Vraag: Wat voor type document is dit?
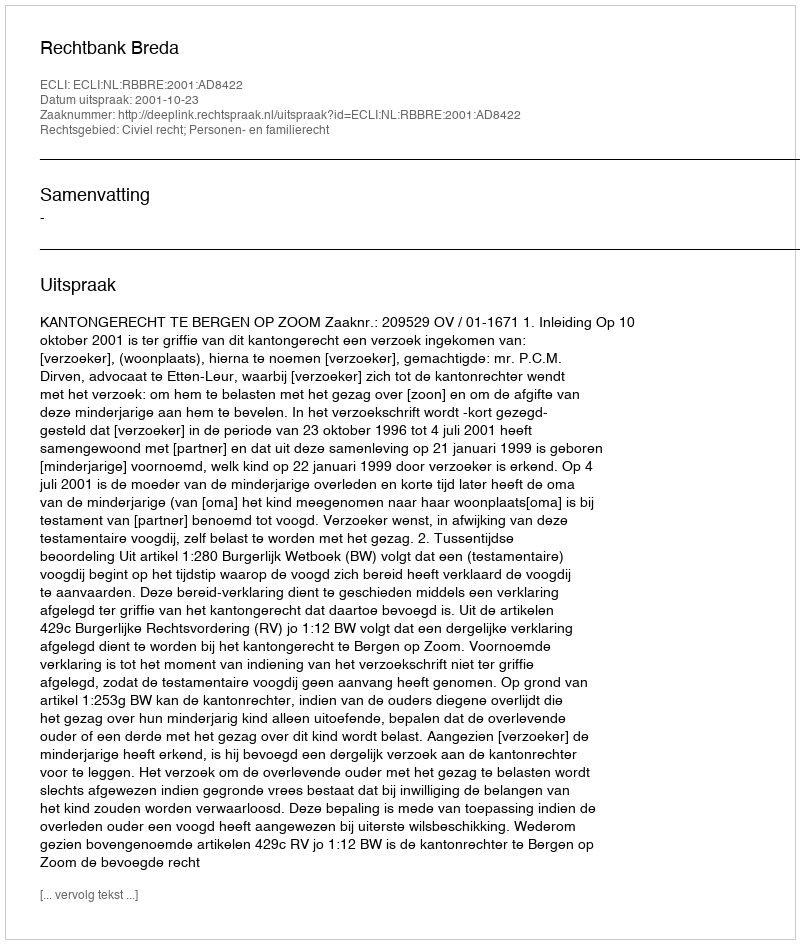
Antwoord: Uitspraak